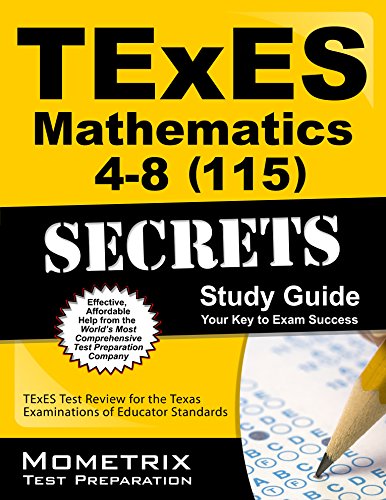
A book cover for TExES Mathematics 4-8 (115) Secrets Study Guide: TExES Test Review for the Texas Examinations of Educator Standards; TExES Exam Secrets Test Prep Team; Test Preparation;